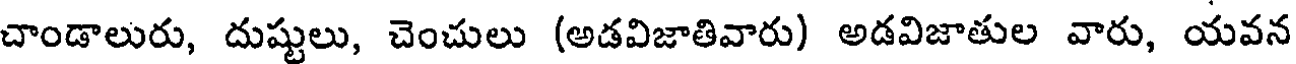
చాండాలురు, దుష్టులు, చెంచులు (అడవిజాతివారు) అడవిజాతుల వారు, యవన